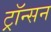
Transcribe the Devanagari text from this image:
ट्रॉन्सन